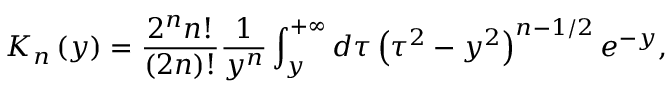
K _ { n } \left( y \right) = \frac { 2 ^ { n } n ! } { \left( 2 n \right) ! } \frac { 1 } { y ^ { n } } \int _ { y } ^ { + \infty } d \tau \left( \tau ^ { 2 } - y ^ { 2 } \right) ^ { n - 1 / 2 } e ^ { - y } ,